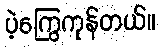
ပဲ့ကြွေကုန်တယ်။